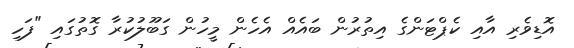
އޮޑިވެރި އާއި ކެޕްޓަންގެ އިތުރުން ބައެއް އެހެން މީހުން ގަބޫލުކުރާ ގޮތުގައި "ފަހި